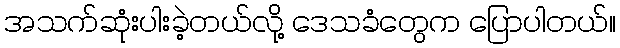
အသက်ဆုံးပါးခဲ့တယ်လို့ ဒေသခံတွေက ပြောပါတယ်။